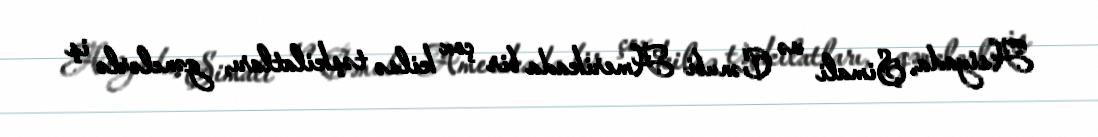
Asiyada, Şimali və Cənubi Amerikada bir çox kilsə təşkilatları, gənclərlə iş